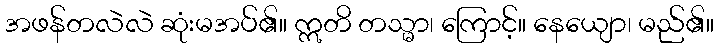
အဖန်တလဲလဲ ဆုံးမအပ်၏။ ဣတိ တသ္မာ၊ ကြောင့်။ နေယျော၊ မည်၏။